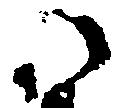
い